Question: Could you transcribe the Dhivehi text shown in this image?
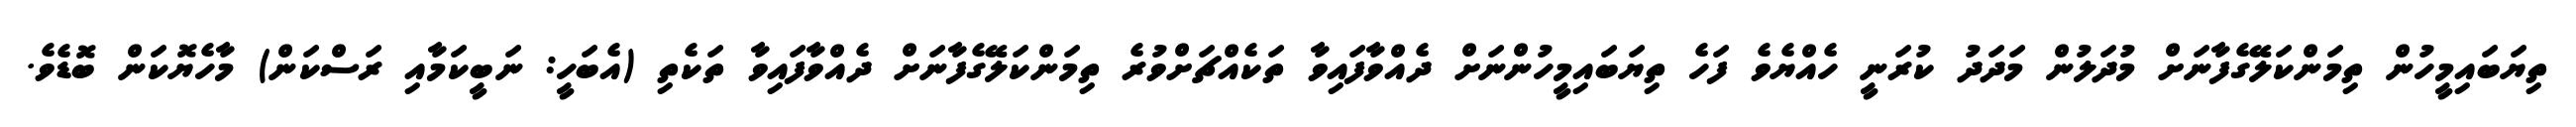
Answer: ތިޔަބައިމީހުން ތިމަންކަލޭގެފާނަށް މުދަލުން މަދަދު ކުރަނީ ހެއްޔެވެ ފަހެ ތިޔަބައިމީހުންނަށް ދެއްވާފައިވާ ތަކެއްޗަށްވުރެ ތިމަންކަލޭގެފާނަށް ދެއްވާފައިވާ ތަކެތި (އެބަހީ: ނަބީކަމާއި ރަސްކަން) މާހެޔޮކަން ބޮޑެވެ.